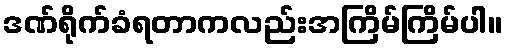
ဒဏ်ရိုက်ခံရတာကလည်းအကြိမ်ကြိမ်ပါ။